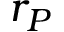
r _ { P }